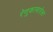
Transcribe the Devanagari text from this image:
रेणुकामातेला